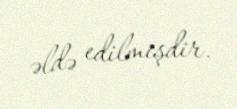
əldə edilmişdir.